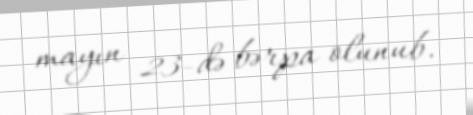
mayın 23-də bərpa olunub.